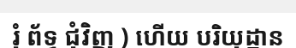
រុំ ព័ទ្ធ ជុំវិញ ) ហើយ បរិយុដ្ឋាន